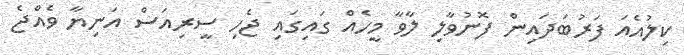
ކިލުއެއަ ފަރުބަދައިން ފޮނުވާލި ލާވާ މީހެއް ގައިގައި ޖެހި ސީރިއަސް އަނިޔާ ވެއްޖެ